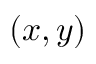
( x , y )